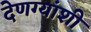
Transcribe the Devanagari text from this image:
देणग्यांशी